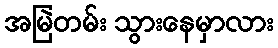
အမြဲတမ်း သွားနေမှာလား